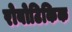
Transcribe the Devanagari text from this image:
रोबोटिकिक